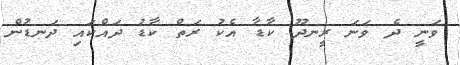
ވަނީ ދެ ވަނަ ރީނދޫ ކާޑާ އެކު ރަތް ކާޑު ދައްކައި ދަނޑުން